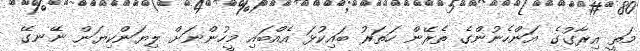
މަތީ އިރާގުގެ އަންހެނުންގެ ތެރޭން ހަތަރު ބައިކުޅަ އެެއްބައި މީހުންނަށް ލިޔަންކިޔަން ނޭނގޭ